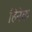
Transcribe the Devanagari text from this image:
हिनेक